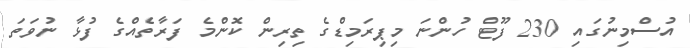
އުސްމިނުގައި 230 ފޫޓް ހުންނަ މިޕިރަމިޑްގެ ތިރިން ކޮންމެ ފަރާތެއްގެ ފުޅާ ނުވަތަ